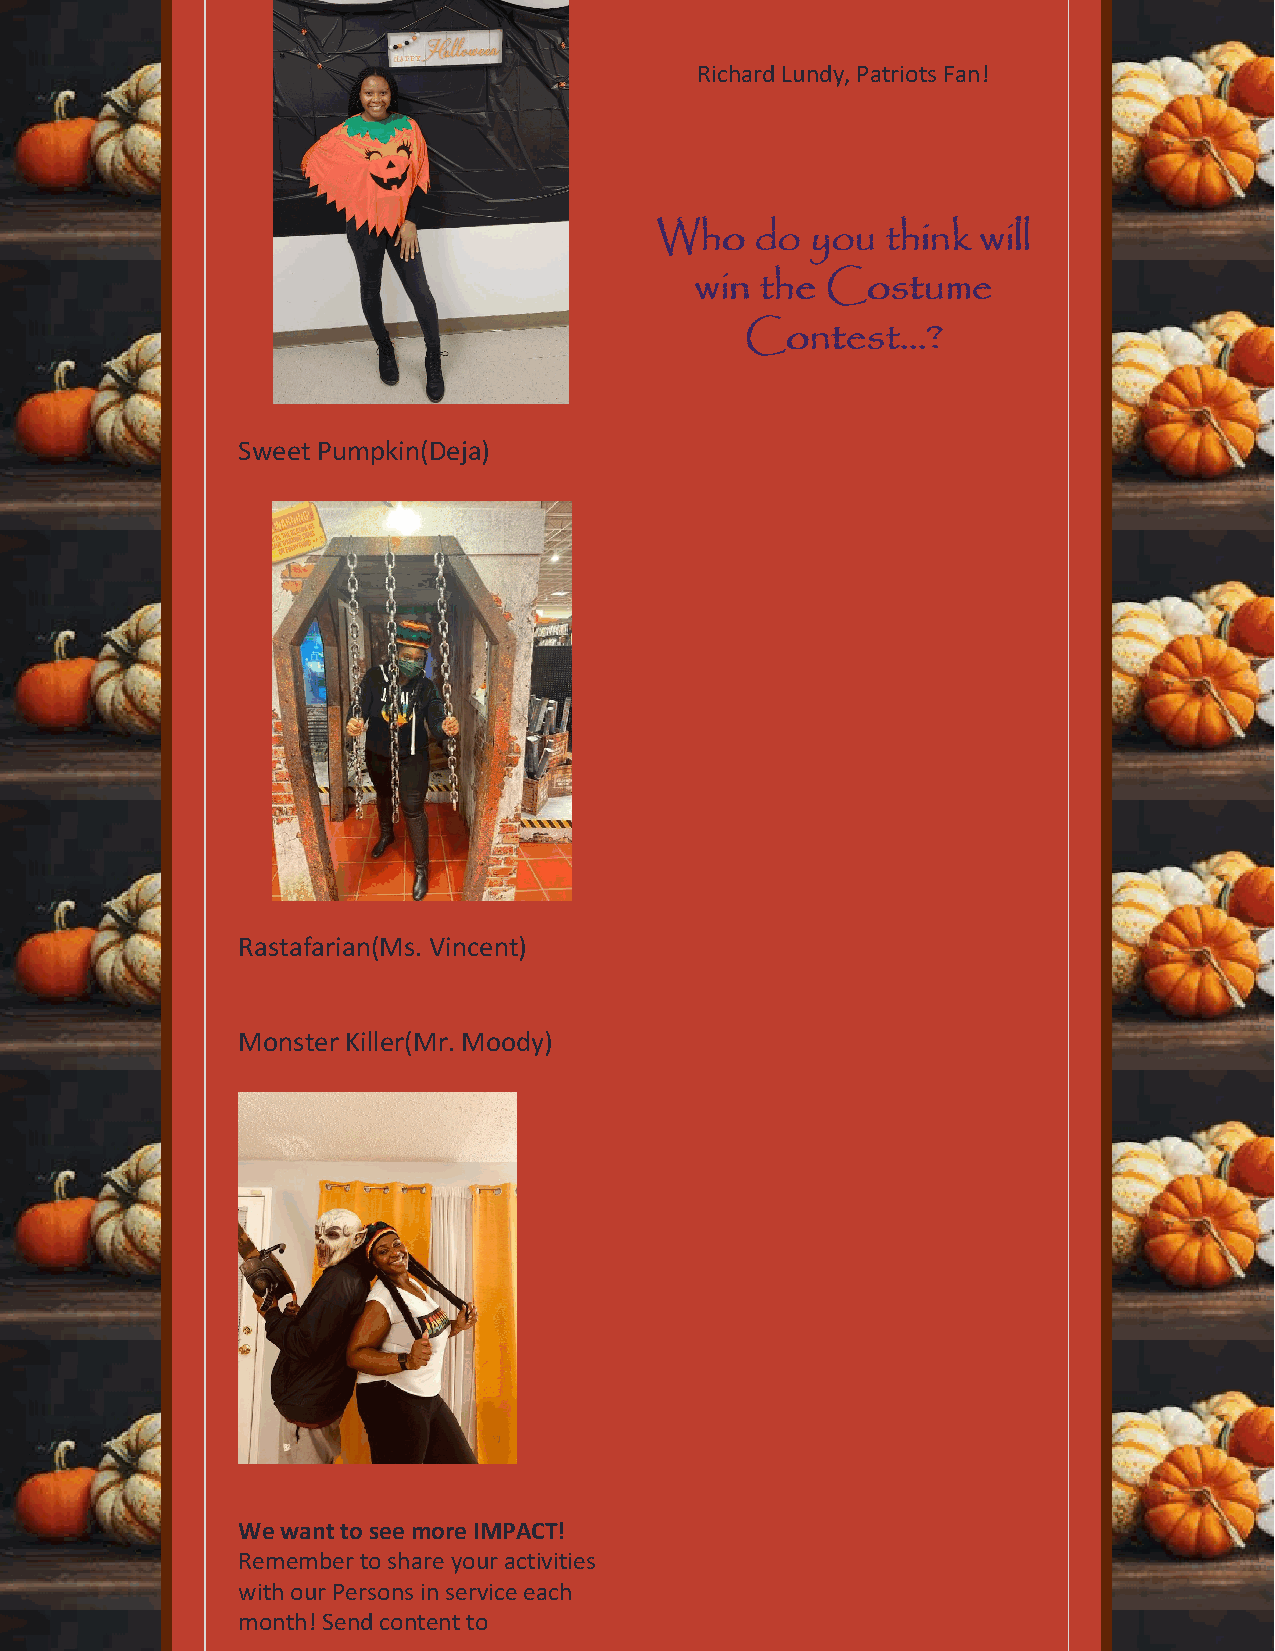
Richard Lundy, Patriots Fan!
 WWhhoo ddoo yyoouu tthhiinnkk wwiillll
 wwiinn tthhee CCoossttuummee
 CCoonntteesstt......??
 Sweet Pumpkin(Deja)
 Rastafarian(Ms. Vincent)
 Monster Killer(Mr. Moody)
 We want to see more IMPACT!
 Remember to share your activities
 with our Persons in service each
 month! Send content to